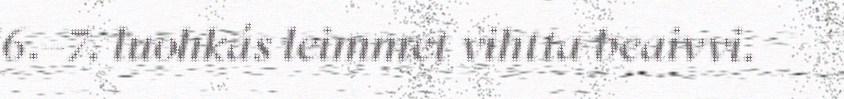
6.–7. luohkás leimmet vihtta beaivvi.